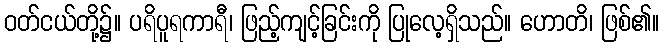
ဝတ်ငယ်တို့၌။ ပရိပူရကာရီ၊ ဖြည့်ကျင့်ခြင်းကို ပြုလေ့ရှိသည်။ ဟောတိ၊ ဖြစ်၏။